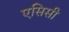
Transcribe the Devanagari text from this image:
एसिसी